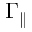
\Gamma _ { \parallel }